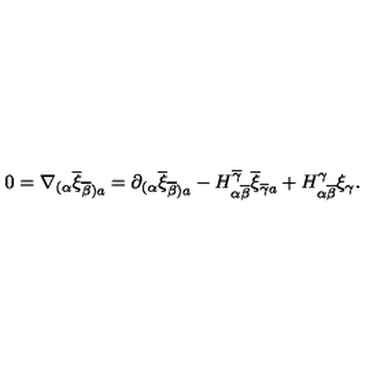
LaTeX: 0 = \nabla _ { ( \alpha } \overline { { \xi } } _ { \overline { { \beta } } ) a } = \partial _ { ( \alpha } \overline { { \xi } } _ { \overline { { \beta } } ) a } - H _ { \alpha \overline { { \beta } } } ^ { \overline { { \gamma } } } \overline { { \xi } } _ { \overline { { \gamma } } a } + H _ { \alpha \overline { { \beta } } } ^ { \gamma } \xi _ { \gamma } .